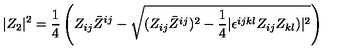
| Z _ { 2 } | ^ { 2 } = { \frac { 1 } { 4 } } \left( Z _ { i j } \bar { Z } ^ { i j } - \sqrt { ( Z _ { i j } \bar { Z } ^ { i j } ) ^ { 2 } - { \frac { 1 } { 4 } } | \epsilon ^ { i j k l } Z _ { i j } Z _ { k l } ) | ^ { 2 } } \right)